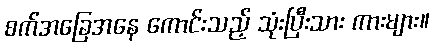
စက်အခြေအနေ ကောင်းသည့် သုံးပြီးသား ကားများ။